Leaving Certificate Examination (including Day School Certificate (Higher) General paper), 1938
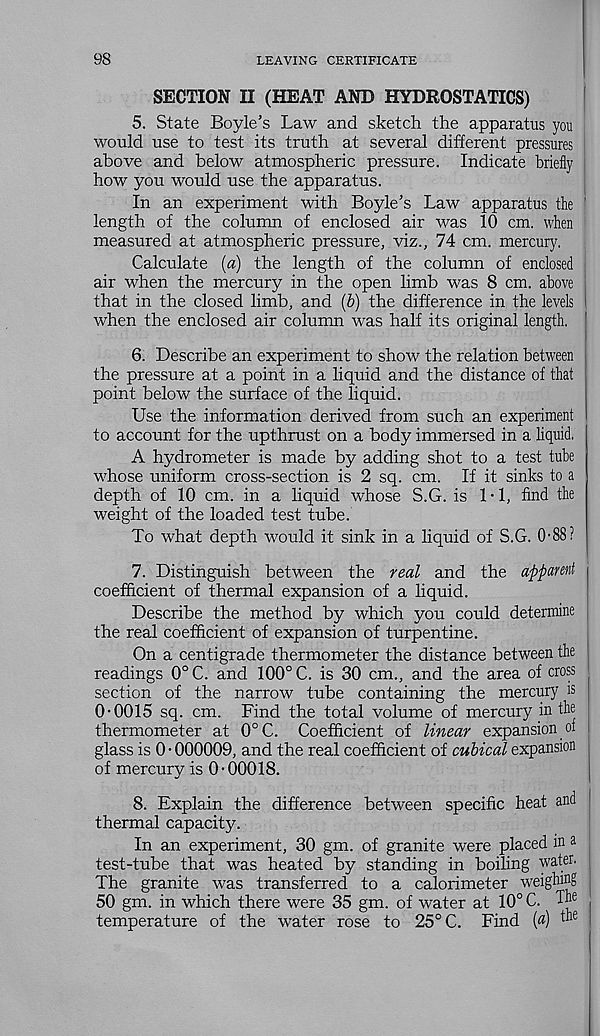
98
LEAVING CERTIFICATE
SECTION II (HEAT AND HYDROSTATICS)
5. State Boyle’s Law and sketch the apparatus you
would use to test its truth at several different pressures
above and below atmospheric pressure. Indicate briefly
how you would use the apparatus.
In an experiment with Boyle’s Law apparatus the 1
length of the column of enclosed air was 10 cm. when
measured at atmospheric pressure, viz., 74 cm. mercury.
Calculate (a) the length of the column of enclosed
air when the mercury in the open limb was 8 cm. above
that in the closed limb, and (b) the difference in the levels
when the enclosed air column was half its original length.
6. Describe an experiment to show the relation between
the pressure at a point in a liquid and the distance of that
point below the surface of the liquid.
Use the information derived from such an experiment
to account for the upthrust on a body immersed in a liquid.
A hydrometer is made by adding shot to a test tube
whose uniform cross-section is 2 sq. cm. If it sinks to a
depth of 10 cm. in a liquid whose S.G. is 1-1, find the
weight of the loaded test tube.
To what depth would it sink in a liquid of S.G. 0• 88 ?
7. Distinguish between the real and the apparent
coefficient of thermal expansion of a liquid.
Describe the method by which you could determine
the real coefficient of expansion of turpentine.
On a centigrade thermometer the distance between the
readings 0°C. and 100° C. is 30 cm., and the area of cross
section of the narrow tube containing the mercury is
0-0015 sq. cm. Find the total volume of mercury in the
thermometer at 0°C. Coefficient of linear expansion of
glass is 0 • 000009, and the real coefficient of cubical expansion
of mercury is 0-00018.
8. Explain the difference between specific heat and
thermal capacity.
In an experiment, 30 gm. of granite were placed in a
test-tube that was heated by standing in boiling water.
The granite was transferred to a calorimeter weighing
50 gm. in which there were 35 gm. of water at 10° C. Th e
temperature of the water rose to 25° C. Find («) ^i e